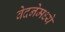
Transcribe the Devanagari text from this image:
वेदनेमध्ये